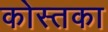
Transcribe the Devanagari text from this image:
कोस्तका